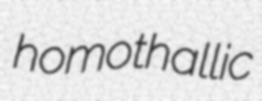
homothallic